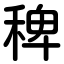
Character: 稗